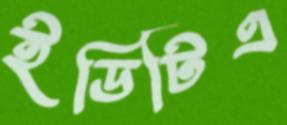
ইডিটিএ